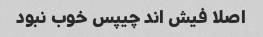
اصلا فیش اند چیپس خوب نبود